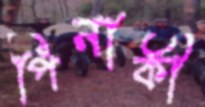
পিনাকী